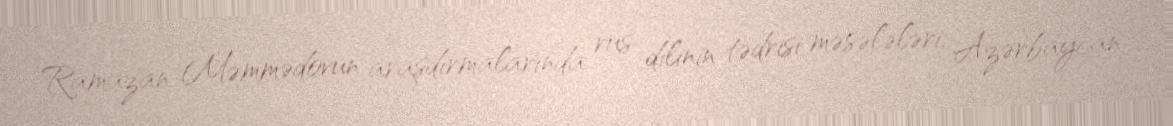
Ramazan Məmmədovun araşdırmalarında rus dilinin tədrisi məsələləri, Azərbaycan